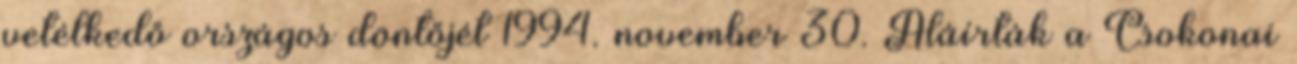
vetélkedő országos döntőjét 1994. november 30. Aláírták a Csokonai